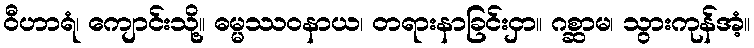
ဝီဟာရံ၊ ကျောင်းသို့။ ဓမ္မဿဝနာယ၊ တရားနာခြင်းငှာ။ ဂစ္ဆာမ၊ သွားကုန်အံ့။